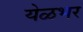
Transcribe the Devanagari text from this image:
येळभर